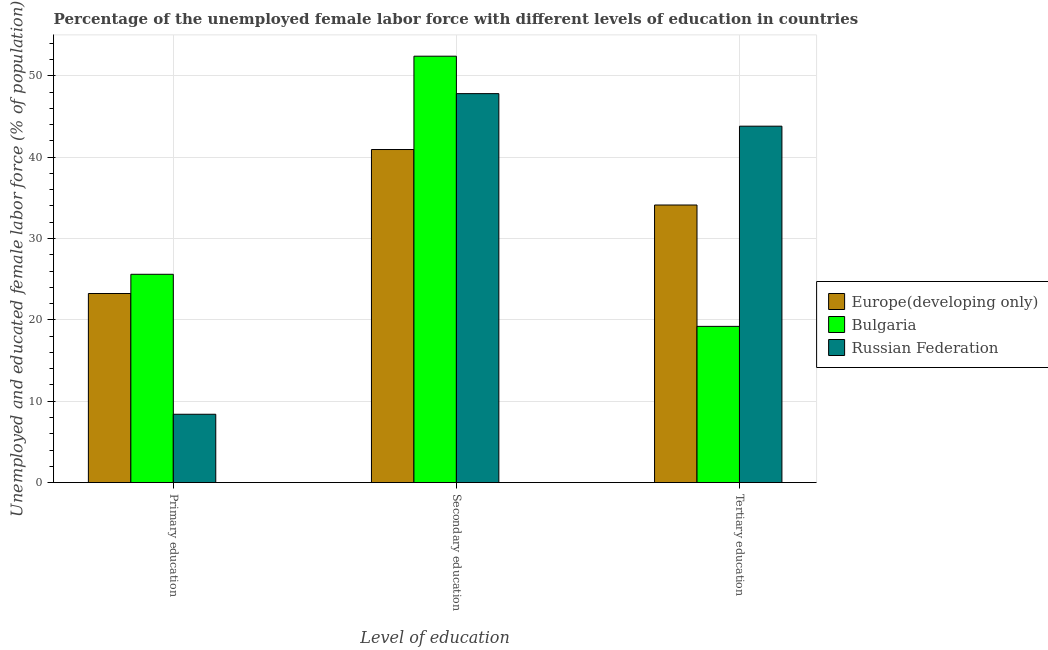
| Level of education | Europe(developing only) | Bulgaria | Russian Federation |
 | --- | --- | --- | --- |
 | Primary education | 23.2 | 25.6 | 8.4 |
 | Secondary education | 40.9 | 52.4 | 47.8 |
 | Tertiary education | 34.1 | 19.2 | 43.8 |